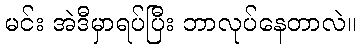
မင်း အဲဒီမှာရပ်ပြီး ဘာလုပ်နေတာလဲ။